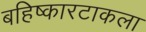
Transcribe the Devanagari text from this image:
बहिष्कारटाकला